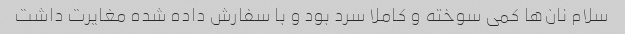
سلام نان‌ها کمی سوخته و کاملا سرد بود و با سفارش داده شده مغایرت داشت